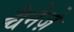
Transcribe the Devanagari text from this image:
चैनेज़े